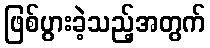
ဖြစ်ပွားခဲ့သည့်အတွက်